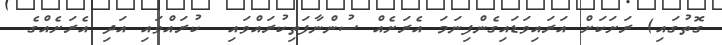
ގޮތުގައި) ރަށަކަށް އަރައިވަޑައިގެންފިނަމަ އެރަށެއް ސުންނާފަތިކުރައްވައި  ކުރައްވައި އަދި އެރަށެއްގެ